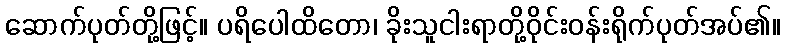
ဆောက်ပုတ်တို့ဖြင့်။ ပရိပေါထိတော၊ ခိုးသူငါးရာတို့ဝိုင်းဝန်းရိုက်ပုတ်အပ်၏။